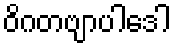
ဝိဂတဗျာပါဒေါ